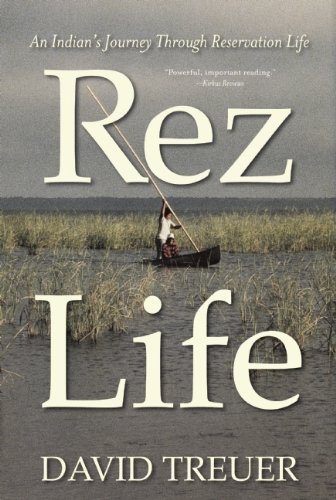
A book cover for Rez Life; David Treuer; History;